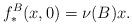
LaTeX: \begin{align*}f^B_*(x,0) = \nu (B) x .\end{align*}